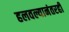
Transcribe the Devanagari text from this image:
हलवल्यानंतरही